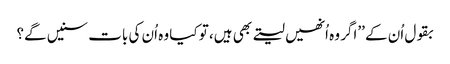
بقول اُن کے ’’اگر وہ اُنھیں لیتے بھی ہیں، تو کیا وہ اُن کی بات سنیں گے؟